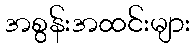
အစွန်းအထင်းများ